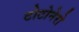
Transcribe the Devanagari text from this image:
टोटोनेरो